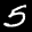
Label: 5